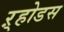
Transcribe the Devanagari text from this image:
ऱ्होडस